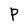
Character: P